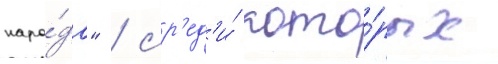
наро́да" / ср'ед'и́ кото́рых